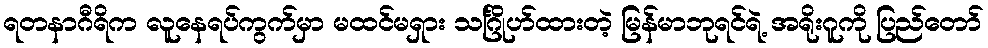
ရတနာဂီရိက လူနေရပ်ကွက်မှာ မထင်မရှား သင်္ဂြိုဟ်ထားတဲ့ မြန်မာဘုရင်ရဲ့ အရိုးဂူကို ပြည်တော်